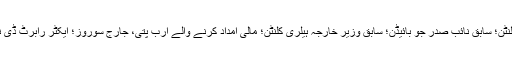
سیوک پر 16 پائپ بم پوسٹ کرنے کا الزام ہے، جن میں چند سابق صدور براک اوباما اور بل کلنٹن؛ سابق نائب صدر جو بائیڈن؛ سابق وزیر خارجہ ہیلری کلنٹن؛ مالی امداد کرنے والے ارب پتی، جارج سوروز؛ ایکٹر رابرٹ ڈی نیرو؛ کانگریس کے متعدد ارکان، اور نیو یارک اور انٹلانٹا کے سی این این کے دفاتر شامل ہیں۔